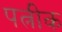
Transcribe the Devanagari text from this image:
पत्नीक